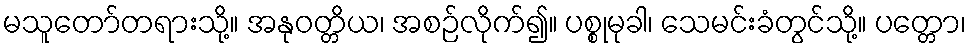
မသူတော်တရားသို့။ အနုဝတ္တိယ၊ အစဉ်လိုက်၍။ ပစ္စုမုခါ၊ သေမင်းခံတွင်သို့။ ပတ္တော၊